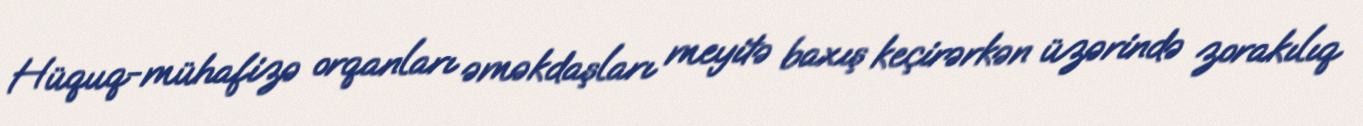
Hüquq-mühafizə orqanları əməkdaşları meyitə baxış keçirərkən üzərində zorakılıq